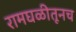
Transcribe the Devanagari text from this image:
रामघळीतूनच